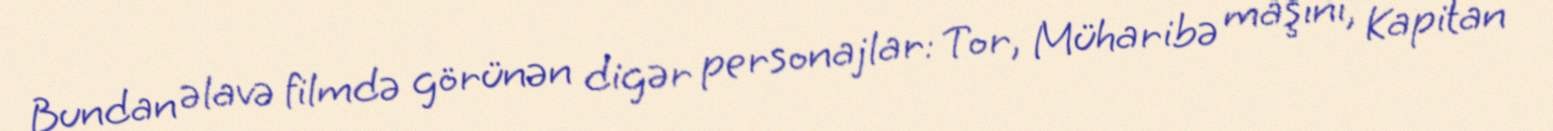
Bundan əlavə filmdə görünən digər personajlar: Tor, Müharibə maşını, Kapitan